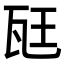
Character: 𪼷